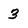
Character: 3